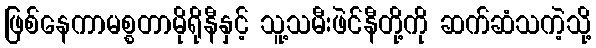
ဖြစ်နေကာမစ္စတာမိုရိုနီနှင့် သူ့သမီးဖဲင်နီတို့ကို ဆက်ဆံသကဲ့သို့